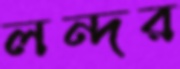
লন্দর